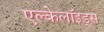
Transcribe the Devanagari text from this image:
एल्केलॉइड्स